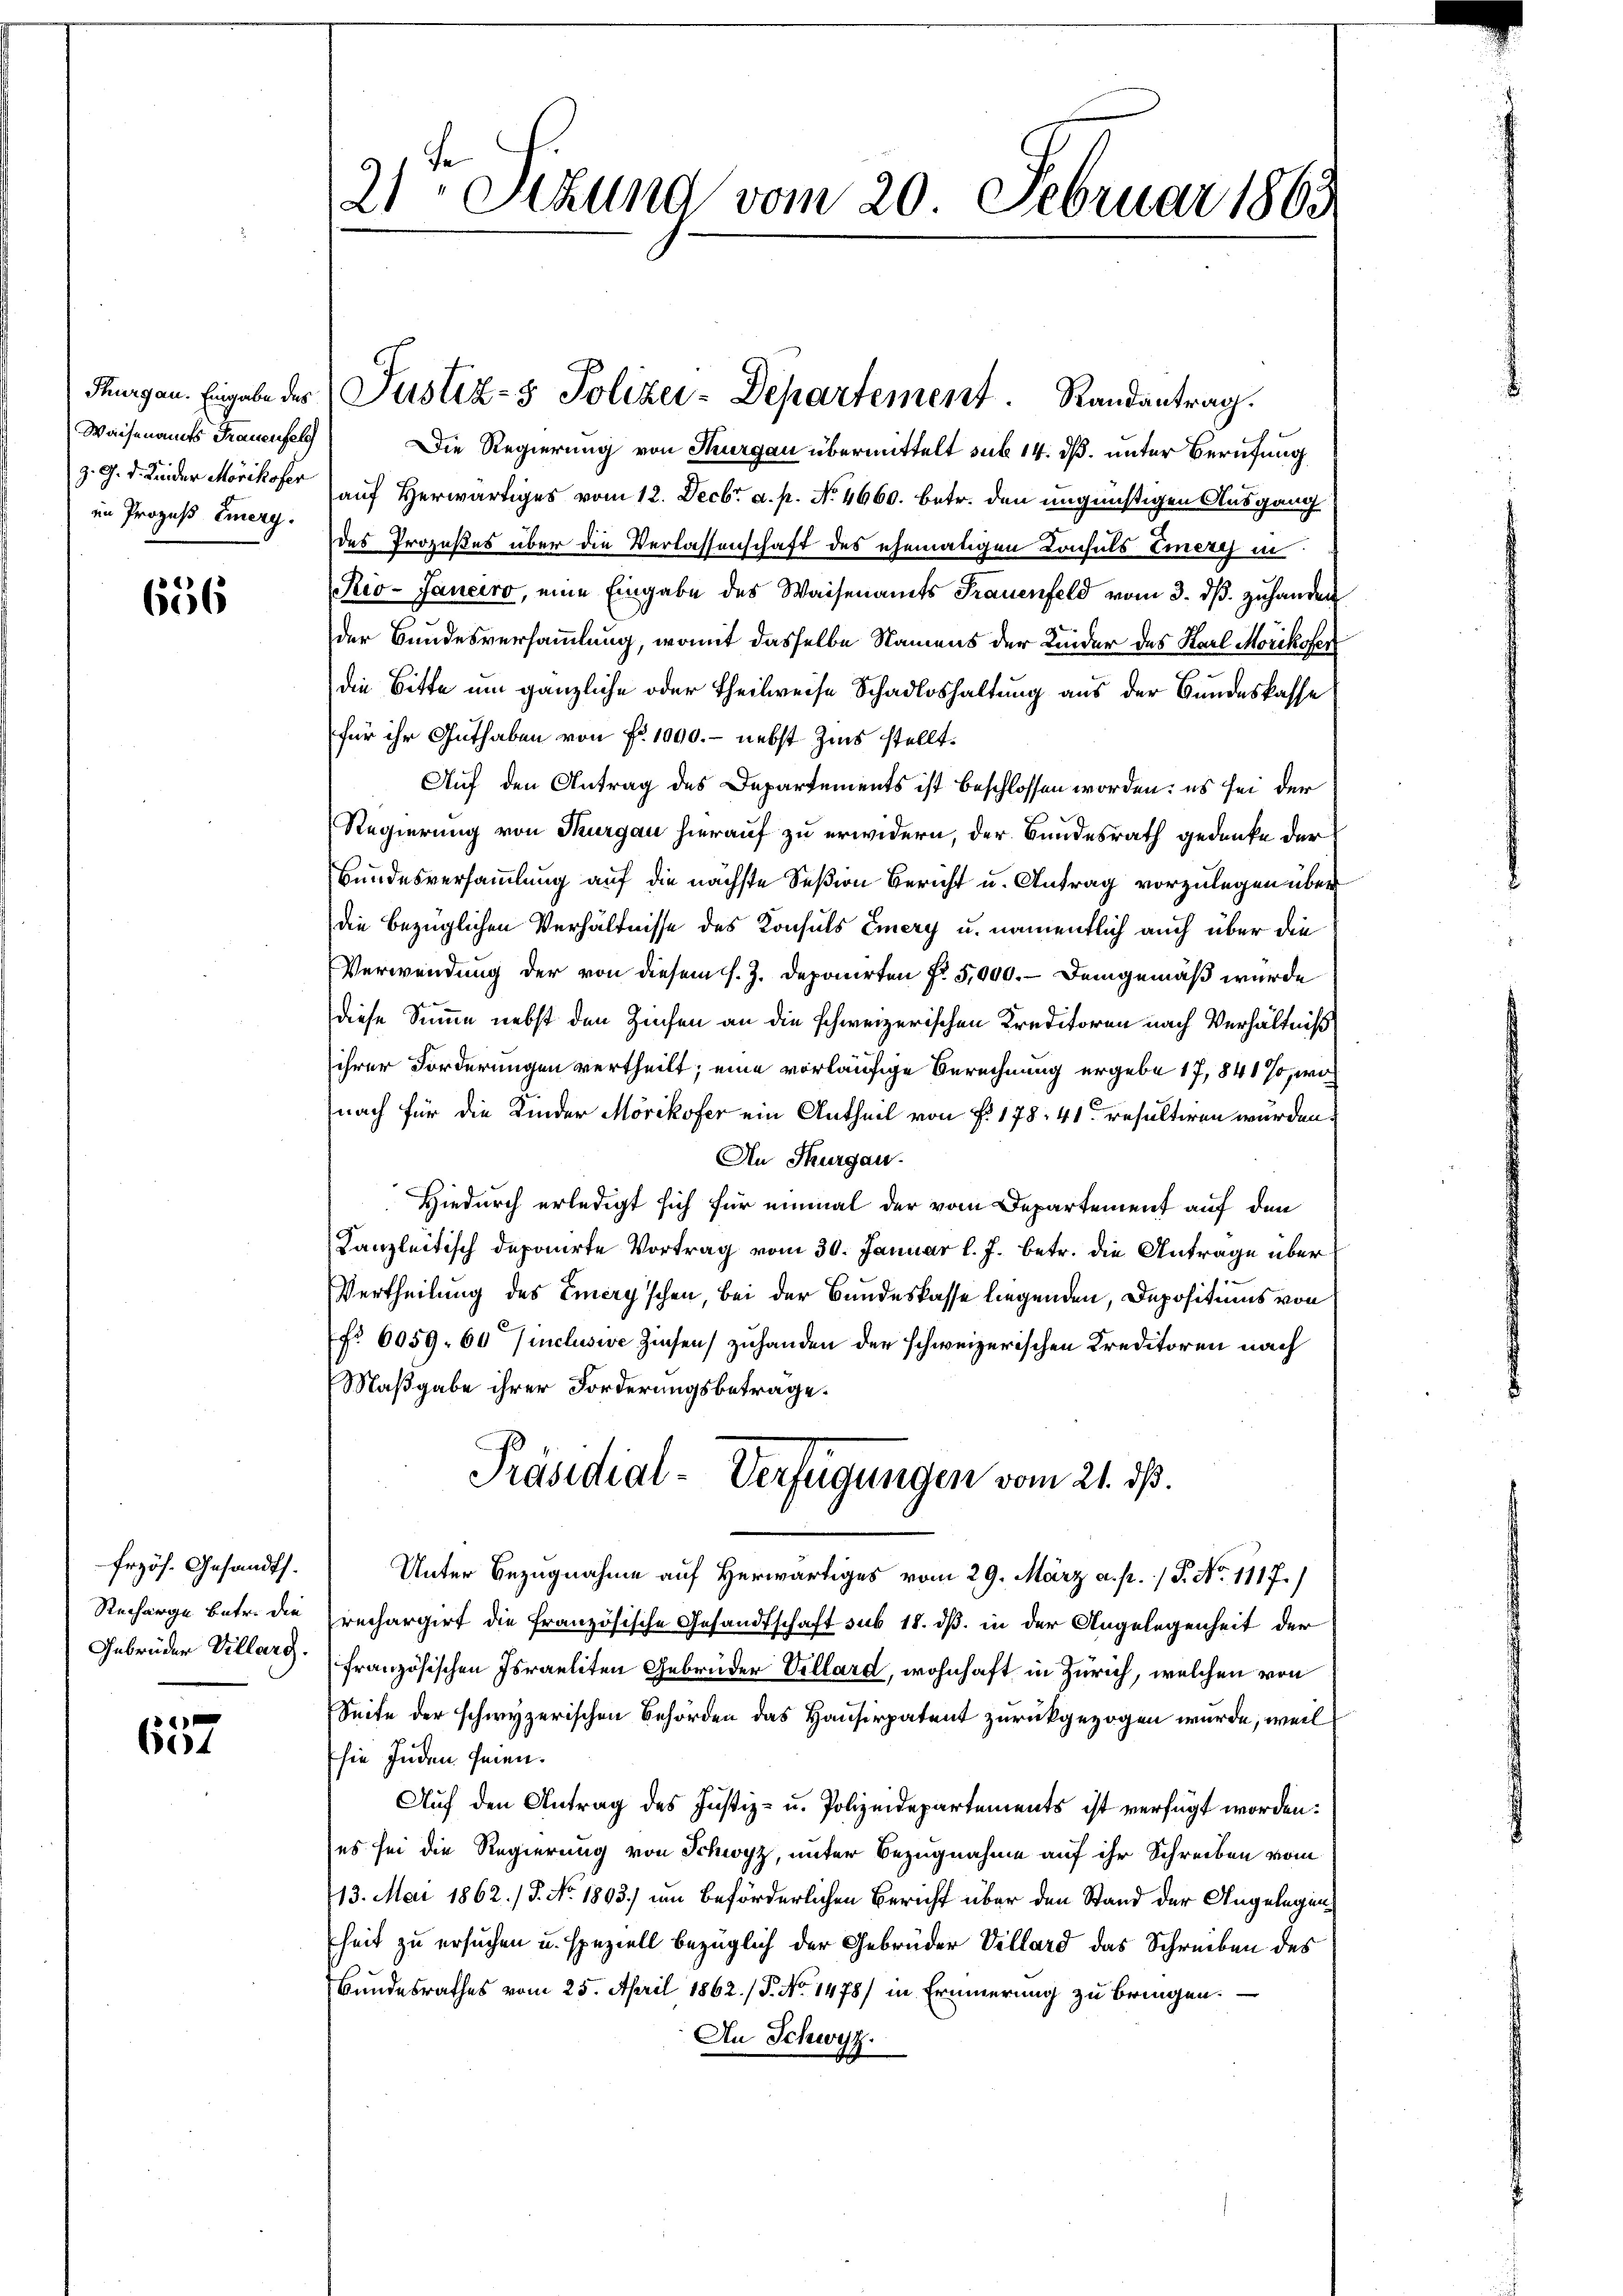
Waisenamts Frauenfel
im Prozess Emerg.

656

frzös. Gesandth.

657

21ten Sizung vom 20. Februar 1863.

Die Regierung von Thurgau übermittelt sub 14. ds. unter Berufung
z. 9. d. Kinder Mörikofer auf Herwärtiges vom 12. Decbr. a. p. No. 4660. betr. den ungünstigen Ausgang
des Prozeßes über die Verlassenschaft des ehematigen Consuls Emere in
Rio-Janeiro, eine Eingabe des Waisenamts Frauenfeld vom 3. dβ zuhanden
der Bundesversammlung, womit dasselbe Namens der Kinder des Karl Morikofer
die Bitte um gänzliche oder Theilweise Schadloshaltung aus der Bundeskasse
für ihr Guthaben von Fr. 1090. - nebst Zins stellt.
Auf den Antrag des Departements ist beschlossen worden; es sei der
Regierung von Thurgau hierauf zu erwidern, der Bundesrath gedanke der
Bundesversammlung auf die nächste Seßion Bericht u. Antrag vorzulegen über
die bezüglichen Verhältnisse des Konsuls Emery u. namentlich auch über die
Verwendung der von diesem s. Z. Deponirten f. 5,000. – Demgemäß wurde
diese Summe nebst den Zinsen an die schweizerischen Kreditoren nach Verhältniß
ihrer Forderungen vertheilt; eine vorläufige Berechnung ergebe 17, 841 %, wo
nach für die Kinder Mörikofer ein Antheil von P. 178, 41 resultiren wurden.
An Thurgau.
Hiedurch erledigt sich für einmal der vom Departement auf den
Kanzleitisch deponirte Vortrag vom 30. Januar l. J. betr. die Antrage über
u
Vertheilung des Emery’schen, bei der Bandeskasse liegenden, Depositums von
fr. 6059. 60 inclusive Zinsen) zuhanden der schweizerischen Kreditoren nach
Maßgabe ihrer Forderungsbetrage.
Präsidial-Verfügungen vom 21. dß.
Unter Bezugnahme auf Herwärtiges vom 29. März a. p. / 5. No 1117.)
Recharge betr. die rechargirt die französische Gesandtschaft sub 18. dß. in der Angelegenheit der
Gebrüder Villars französischen Israeliten Gebrüder Villard, wohnhaft in Zürich, welchen von
Seite der schwyzerischen Behörden das Hausirpatent zurückgezogen wurde, weil
sie inden seien.
Auf den Antrag des Justiz- u. Polizeidepartements ist verfügt worden.
es sei die Regierung von Schwyz, unter Bezugnahme auf ihr Schreiben vom
13. Mai 1862. / 5. No. 1803) um beförderlichen Bericht über den Stand der Angelegenheit zu ersuchen u. speziell bezüglich der Gebrüder Villard das Schreiben des
Bundesrathes vom 25. April 1862. 15. No 1478) in Erinnerung zu bringen.
An Schwyz.

Thurgau. Eingabe der Justiz- & Polizei-Departement Randantrag.